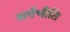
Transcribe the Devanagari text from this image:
सर्पभीति